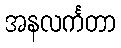
အနလင်္ကတာ